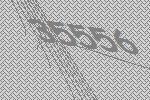
35556